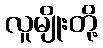
လူမျိုးတို့